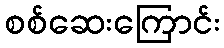
စစ်ဆေးကြောင်း